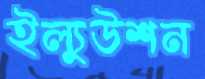
ইল্যুউশন